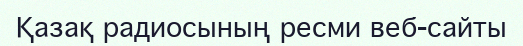
Қазақ радиосының ресми веб-сайты